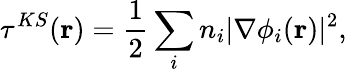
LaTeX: \tau^{KS}(\mathbf{r})=\frac{1}{2}\sum_{i}n_{i}|\nabla\phi_{i}(\mathbf{r})|^{2},